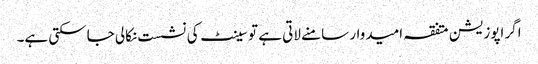
اگر اپوزیشن متفقہ امیدوار سامنے لاتی ہے تو سینٹ کی نشست نکالی جاسکتی ہے۔